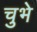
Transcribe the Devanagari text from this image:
चुभे